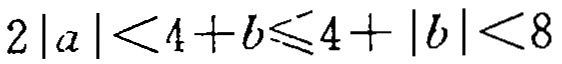
\(2|a|<4 + b\leqslant4+|b|<8\)